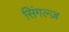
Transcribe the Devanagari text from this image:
सिंगल्ज़